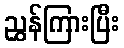
ညွှန်ကြားပြီး